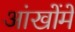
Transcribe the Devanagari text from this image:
आंखोंमें